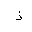
Letter: _thal